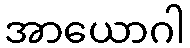
အာယောဂါ